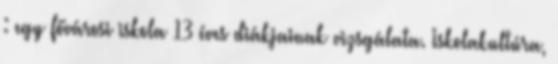
: egy fővárosi iskola 13 éves diákjainak vizsgálata. Iskolakultúra,